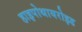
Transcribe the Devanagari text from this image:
हाइपोथायरोइड